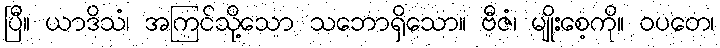
ပြီ။ ယာဒိသံ၊ အကြင်သို့သော သဘောရှိသော။ ဗီဇံ၊ မျိုးစေ့ကို။ ဝပတေ၊